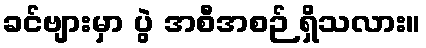
ခင်ဗျားမှာ ပွဲ အစီအစဉ် ရှိသလား။